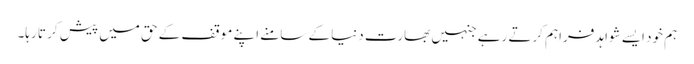
ہم خود ایسے شواہد فراہم کرتے رہے جنہیں بھارت دنیا کے سامنے اپنے موقف کے حق میں پیش کر تا رہا۔